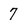
Character: 7